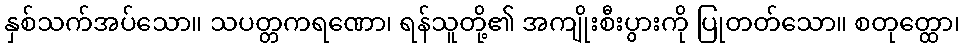
နှစ်သက်အပ်သော။ သပတ္တကရဏော၊ ရန်သူတို့၏ အကျိုးစီးပွားကို ပြုတတ်သော။ စတုတ္ထော၊